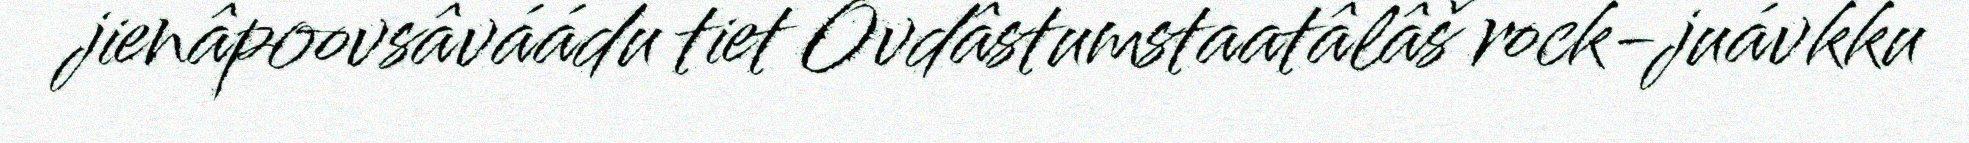
jienâpoovsâváádu tiet Ovdâstumstaatâlâš rock-juávkku